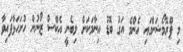
މި ޕްރޮމޯޝަންގައި އެންމެ އަގު ބޮޑު އިނާމަކަށް ލިބެނީ އެކްސް ޒޯނުން ހުށަހަޅާފައިވާ